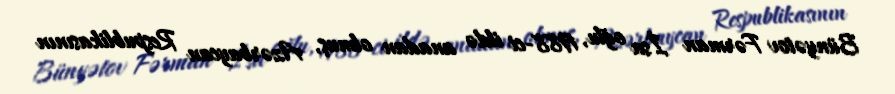
Bünyətov Fərman İsa oğlu, 1988-ci ildə anadan olmuş, Azərbaycan Respublikasının